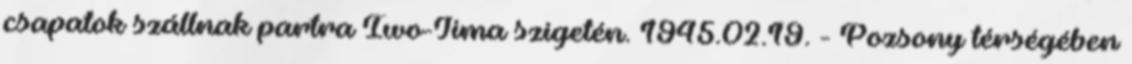
csapatok szállnak partra Iwo-Jima szigetén. 1945.02.19. - Pozsony térségében